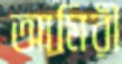
আমিরী